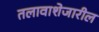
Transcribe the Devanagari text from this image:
तलावाशेजारील